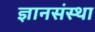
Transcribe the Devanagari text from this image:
ज्ञानसंस्था